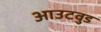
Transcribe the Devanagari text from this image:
आउटवुड